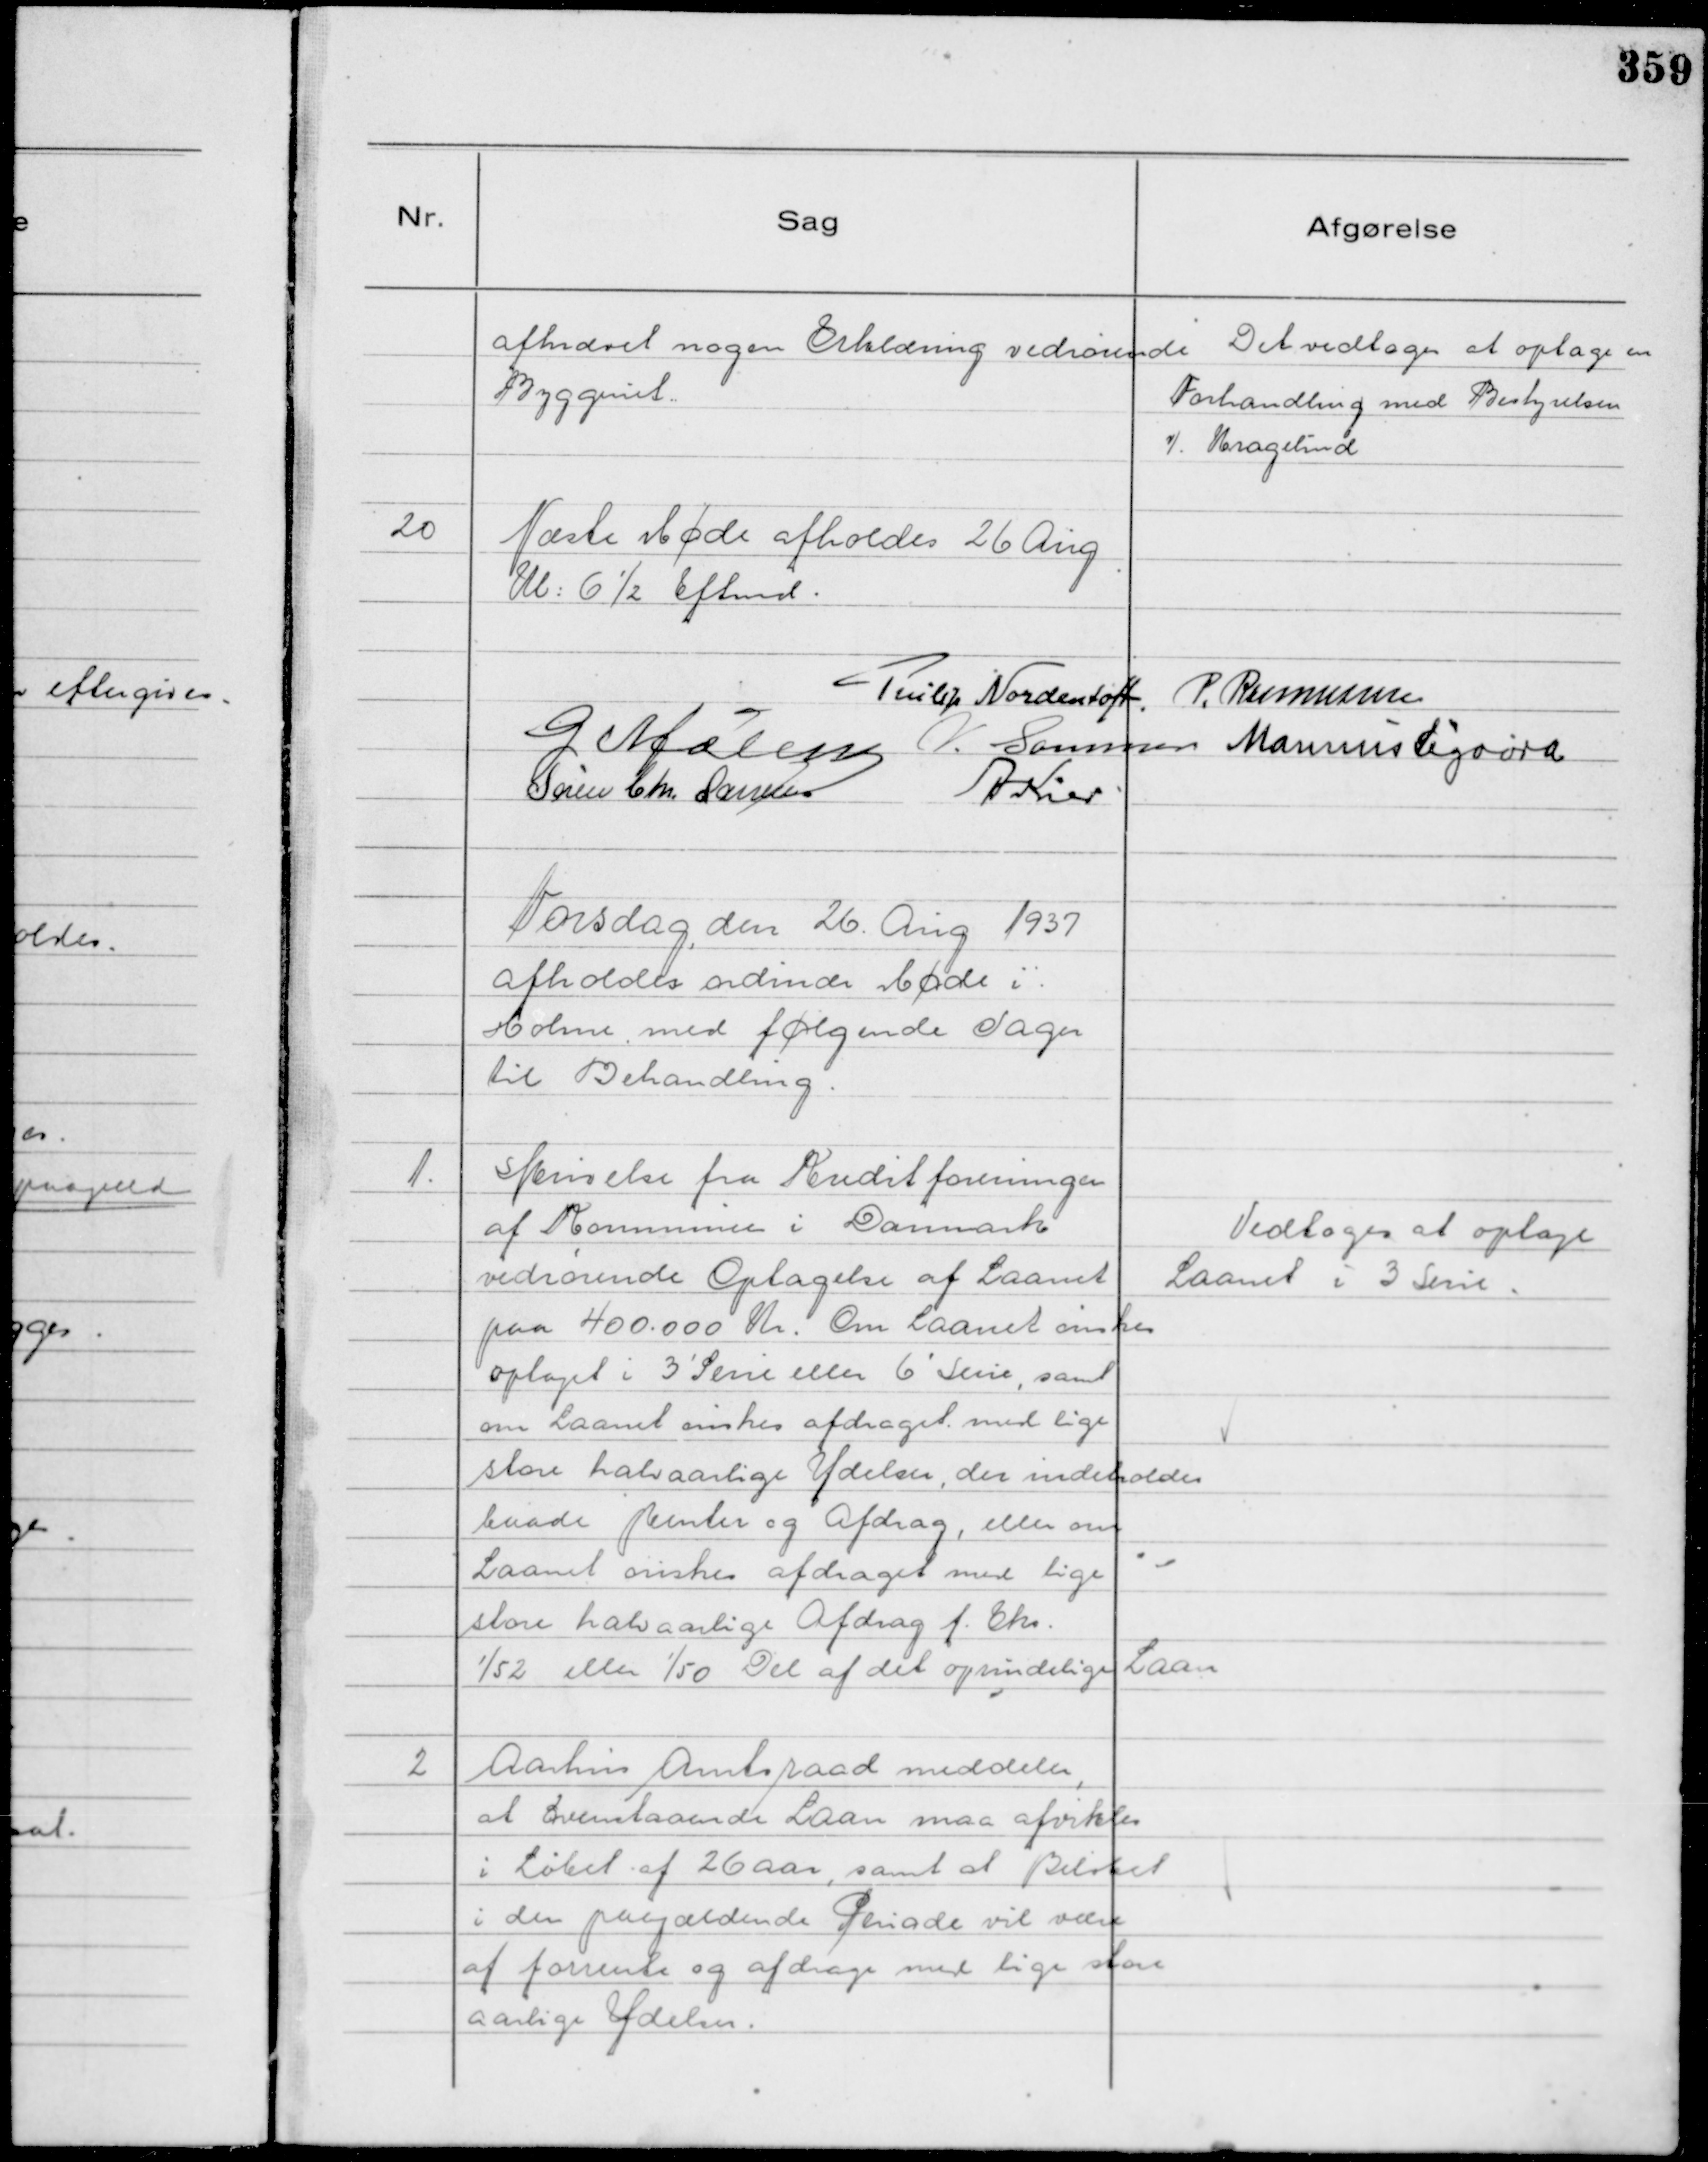
Transskription:
afkrævet nogen Erklæring vedrørende
Byggeriet..

Det vedtoges at optage en
Forhandling med Bestyrelsen
v/. Kragelund

20
Næste Møde afholdes 26 Aug
Kl: 6½ Eftmd.

Philip Nordentoft.
P. Rasmussen
G Møller
V. Sommer
Marinus Sigaard
Søren Chr Larsen
A Kier

Torsdag den 26. Aug 1937
afholdes ordinær Møde i
Holme, med følgende Sager
til Behandling.

1.
Skrivelse fra Kreditforeningen
af Kommuner i Danmark
vedrørende Optagelse af Laanet
paa 400.000 Kr. Om Laanet ønskes
optaget i 3' Serie eller 6' Serie, samt
om Laanet ønskes afdraget med lige
store halvaarlige Ydelser, der indeholder
baade Renter og Afdrag, eller om
Laanet ønskes afdraget med lige
store halvaarlige Afdrag f. Eks.
1/52 eller

1/50 Del af det oprindelige Laan

Vedtoges at optage
Laanet i 3 Serie.

2
Aarhus Amtsraad meddeler,
at Ovenstaaende Laan maa afvikles
i Løbet af 26 aar, samt at Beløbet
i den paagældende Periode vil være
at forrente og afdrage med lige store
aarlige Ydelser.